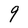
Character: 9